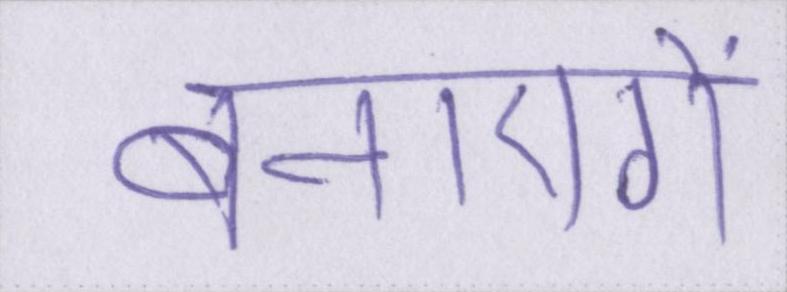
बनाएगें